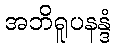
အဘိရူပနန္ဒံ